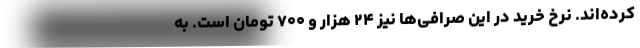
کرده‌اند. نرخ خرید در این صرافی‌ها نیز ۲۴ هزار و ۷۰۰ تومان است. به